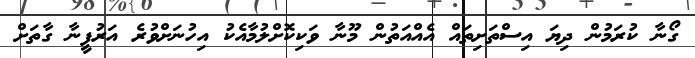
ގޯނާ ކުރަމުން ދިޔަ އިސްތަށިތައް އެއްއަތުން މޫނާ ވަކިކޮށްލުމާއެކު އިހުނަށްވުރެ އަރުފީނާ ގާތަށް